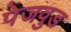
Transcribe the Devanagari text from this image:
पेजवुड